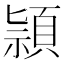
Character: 頴